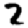
Digit: 2